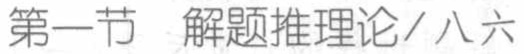
第一节  解题推理论／八六